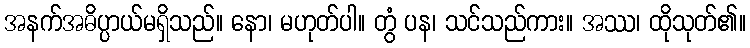
အနက်အဓိပ္ပာယ်မရှိသည်။ နော၊ မဟုတ်ပါ။ တွံ ပန၊ သင်သည်ကား။ အဿ၊ ထိုသုတ်၏။